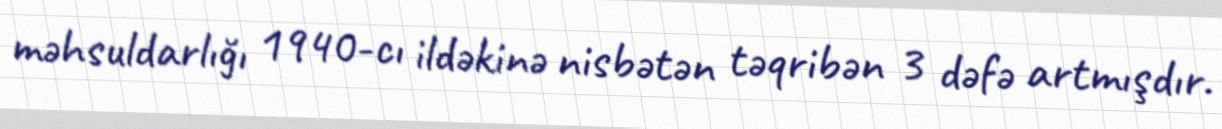
məhsuldarlığı 1940-cı ildəkinə nisbətən təqribən 3 dəfə artmışdır.